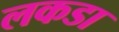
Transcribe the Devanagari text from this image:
लकडा